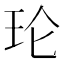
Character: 𮴅